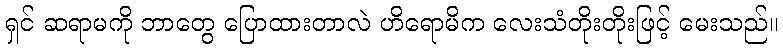
ရှင် ဆရာမကို ဘာတွေ ပြောထားတာလဲ ဟိရောမိက လေးသံတိုးတိုးဖြင့် မေးသည်။